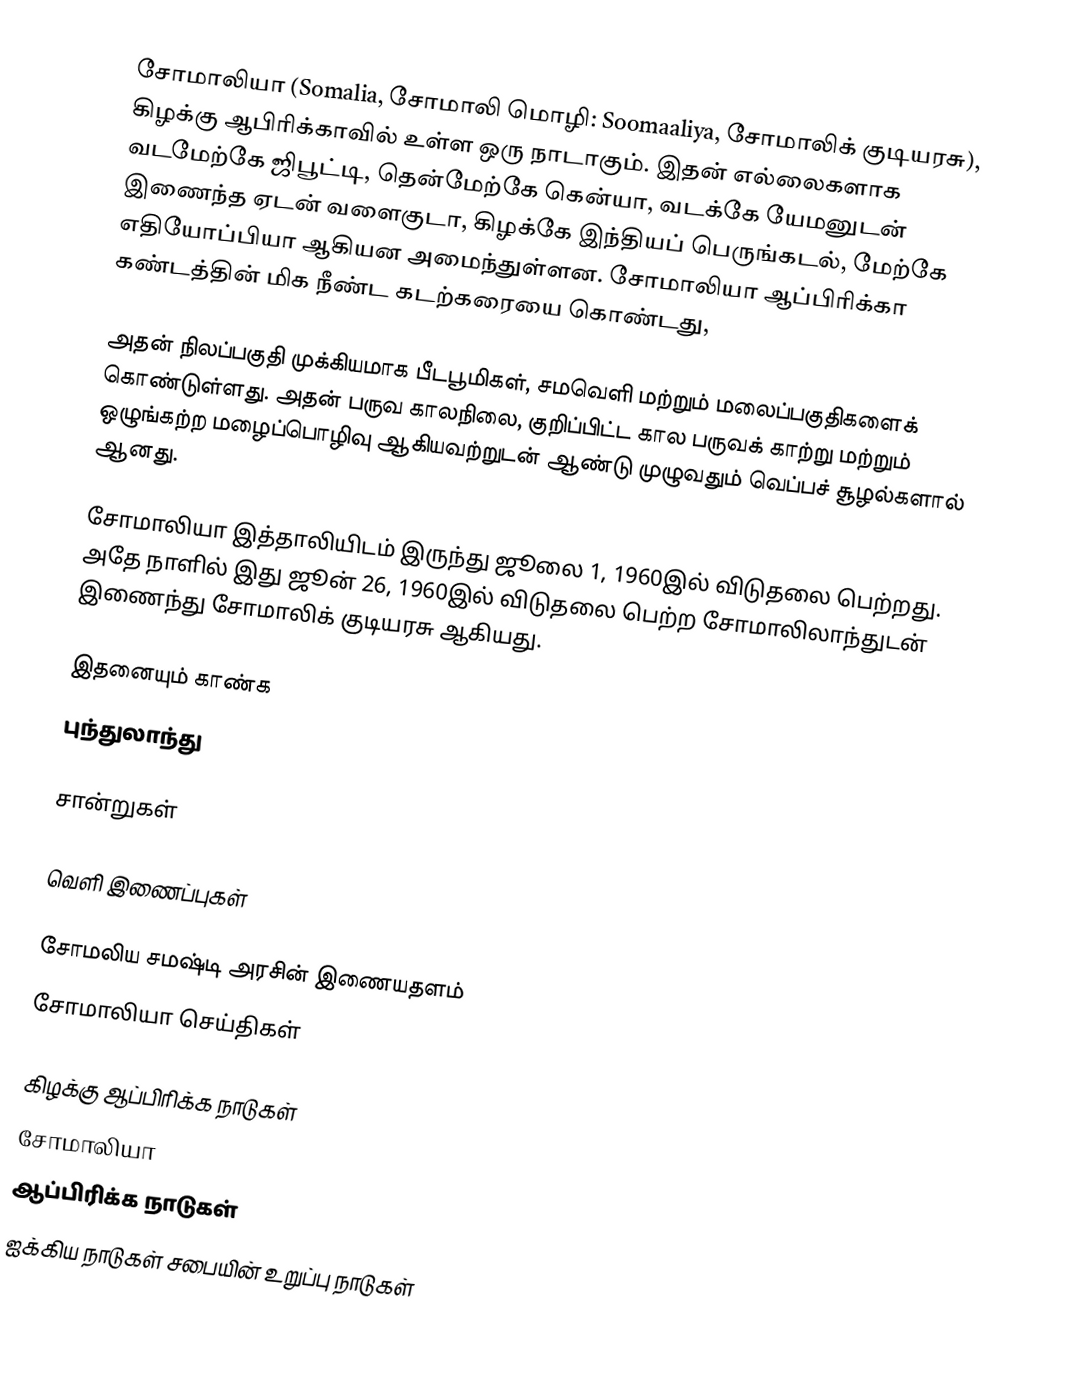
சோமாலியா (Somalia, சோமாலி மொழி: Soomaaliya, சோமாலிக் குடியரசு), கிழக்கு ஆபிரிக்காவில் உள்ள ஒரு நாடாகும். இதன் எல்லைகளாக வடமேற்கே ஜிபூட்டி, தென்மேற்கே கென்யா, வடக்கே யேமனுடன் இணைந்த ஏடன் வளைகுடா, கிழக்கே இந்தியப் பெருங்கடல், மேற்கே எதியோப்பியா ஆகியன அமைந்துள்ளன. சோமாலியா ஆப்பிரிக்கா கண்டத்தின் மிக நீண்ட கடற்கரையை கொண்டது,

அதன் நிலப்பகுதி முக்கியமாக பீடபூமிகள், சமவெளி மற்றும் மலைப்பகுதிகளைக் கொண்டுள்ளது. அதன் பருவ காலநிலை, குறிப்பிட்ட கால பருவக் காற்று மற்றும் ஒழுங்கற்ற மழைப்பொழிவு ஆகியவற்றுடன் ஆண்டு முழுவதும் வெப்பச் சூழல்களால் ஆனது.

சோமாலியா இத்தாலியிடம் இருந்து ஜூலை 1, 1960இல் விடுதலை பெற்றது. அதே நாளில் இது ஜூன் 26, 1960இல் விடுதலை பெற்ற சோமாலிலாந்துடன் இணைந்து சோமாலிக் குடியரசு ஆகியது.

இதனையும் காண்க
 புந்துலாந்து

சான்றுகள்

வெளி இணைப்புகள்

 சோமலிய சமஷ்டி அரசின் இணையதளம்
 சோமாலியா செய்திகள்

கிழக்கு ஆப்பிரிக்க நாடுகள்
சோமாலியா
ஆப்பிரிக்க நாடுகள்
ஐக்கிய நாடுகள் சபையின் உறுப்பு நாடுகள்